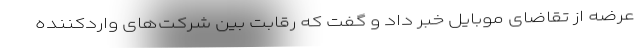
عرضه از تقاضای موبایل خبر داد و گفت که رقابت بین شرکت‌های واردکننده